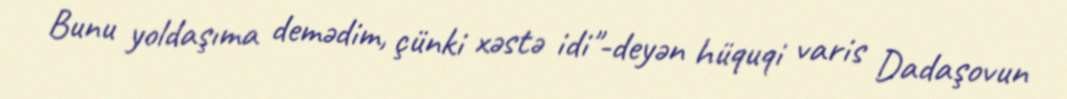
Bunu yoldaşıma demədim, çünki xəstə idi"-deyən hüquqi varis Dadaşovun